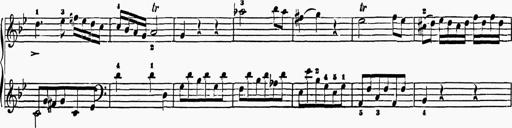
Title: 6 Sonatas
Composer: Muzio Clementi